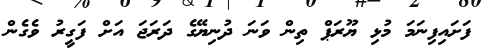
ފަށައިފިނަމަ މުޅި ޔޫރަޕް ތިން ވަނަ ދުނިޔޭގެ ދަރަޖަ އަށް ފަގީރު ވެގެން